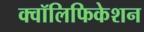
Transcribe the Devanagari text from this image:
क्वॉलिफिकेशन